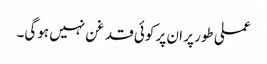
عملی طور پر ان پر کوئی قد غن نہیں ہوگی۔